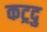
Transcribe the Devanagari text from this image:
कट्रदु